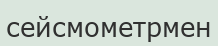
сейсмометрмен